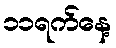
၁၁ရက်နေ့